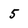
Character: 5